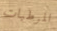
المرطبات